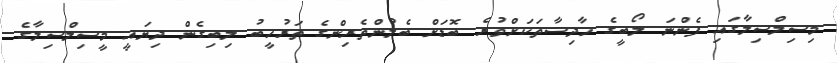
މިސިލްސިލާގައި ފެންނަ ލޯބީގެ ހާދިސާތަކަށްވުރެ ބޮޑަށް ބެލުންތެރިންގެ ތަރުހީބު ލިބިގެން ދިޔައީ މީސިލްސިލާގެ